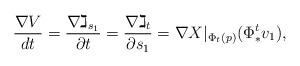
LaTeX: \begin{align*}\frac{\nabla V}{dt} = \frac{\nabla\gimel_{s_1}}{\partial t} = \frac{\nabla \gimel_t}{\partial s_1} = \nabla X|_{\Phi_t(p)}(\Phi^t_* v_1),\end{align*}